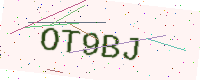
Text: OT9BJ